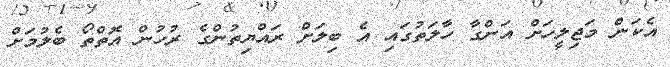
އެކަން މަޖިލީހަށް އަންގާ ހާލަތުގައި އެ ބިލަށް ރައްޔިތުންގެ ރުހުން އޮތްތޯ ބެލުމަށް